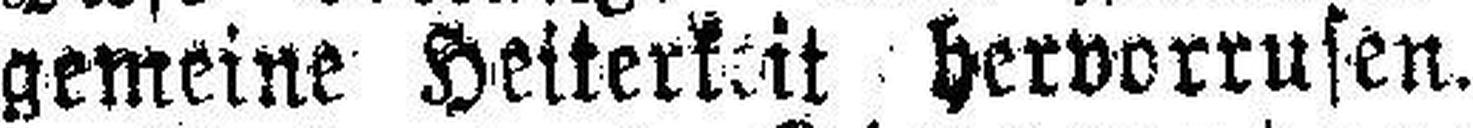
gemeine Heiterkeit hervorrufen.